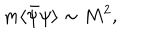
m \langle \bar { \psi } \psi \rangle \sim M ^ { 2 } ,